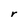
Character: r